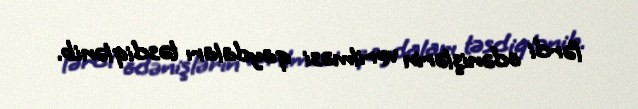
fərdi ödənişlərin verilməsi qaydaları təsdiqlənib.